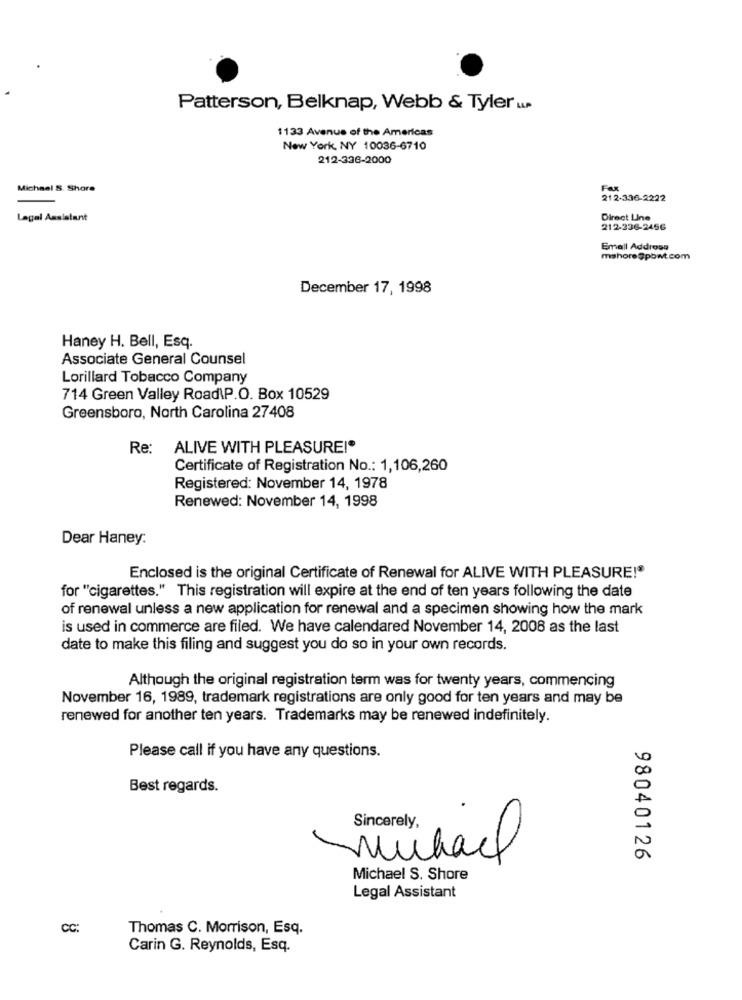
Patterson, Belknap, Webb & Tyler LUP
1133 Avenue of the Americas
New York, NY 10036-6710
212-336-2000
Michael S. Shora
Fax
212-336-2222
Legal Assistant
Direct Line
212-236-2456
Email Address
mshore@pbwt.com
December 17, 1998
Haney H. Bell, Esq.
Associate General Counsel
Lorillard Tobacco Company
714 Green Valley Road\P.O. Box 10529
Greensboro, North Carolina 27408
Re:
ALIVE WITH PLEASURE!®
Certificate of Registration No .: 1,106,260
Registered: November 14, 1978
Renewed: November 14, 1998
Dear Haney:
Enclosed is the original Certificate of Renewal for ALIVE WITH PLEASURE!®
for "cigarettes." This registration will expire at the end of ten years following the date
of renewal unless a new application for renewal and a specimen showing how the mark
is used in commerce are filed. We have calendared November 14, 2008 as the last
date to make this filing and suggest you do so in your own records.
Although the original registration term was for twenty years, commencing
November 16, 1989, trademark registrations are only good for ten years and may be
renewed for another ten years. Trademarks may be renewed indefinitely.
Please call if you have any questions.
Best regards.
Sincerely,
michael
98040126
Michael S. Shore
Legal Assistant
CC:
Thomas C. Morrison, Esq.
Carin G. Reynolds, Esq.